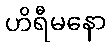
ဟိရီမနော